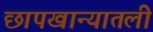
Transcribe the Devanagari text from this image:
छापखान्यातली